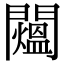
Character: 𨷐